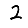
Digit: 2